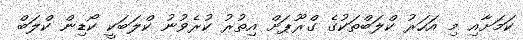
ކަމަށާއި މި އަހަރު ކްލަބްތަކުގެ ގްރޫޕަށް އިތުރު ކުރެވުނު ކްލަބަކީ ކޯޑިން ކްލަބް